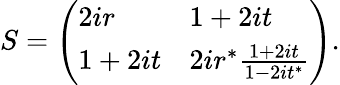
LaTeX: S={\left(\begin{array}{ll}{2ir}&{1+2it}\\ {1+2it}&{2ir^{*}{\frac{1+2it}{1-2it^{*}}}}\end{array}\right)}.